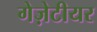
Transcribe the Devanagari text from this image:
गेज़ेटीयर